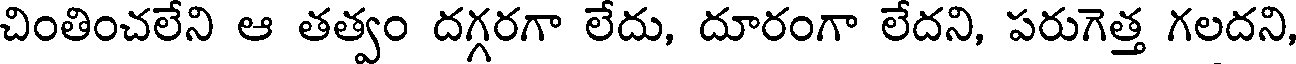
చింతించలేని ఆ తత్వం దగ్గరగా లేదు, దూరంగా లేదని, పరుగెత్త గలదని